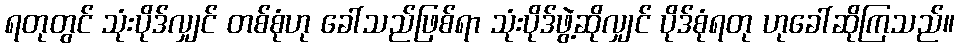
ရတုတွင် သုံးပိုဒ်လျှင် တစ်စုံဟု ခေါ်သည်ဖြစ်ရာ သုံးပိုဒ်ဖွဲ့ဆိုလျှင် ပိုဒ်စုံရတု ဟုခေါ်ဆိုကြသည်။